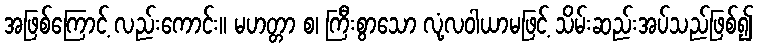
အဖြစ်ကြောင့် လည်းကောင်း။ မဟတ္တာ စ၊ ကြီးစွာသော လုံ့လဝါယာမဖြင့် သိမ်းဆည်းအပ်သည်ဖြစ်၍